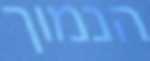
הנמוך